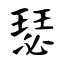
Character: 瑟